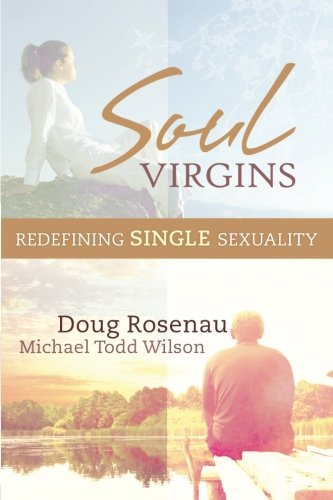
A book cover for Soul Virgins: Redefining Single Sexuality; Doug Rosenau; Religion & Spirituality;